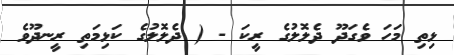
ޅިތި މަހަ ވެގަދޫ ދެލޮލުގެ ރީކަ - ( ދެލޮލުގެ ކަޅިމަތި ރީނދޫވެ